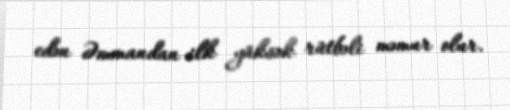
edən Əmmandan ilk yüksək rütbəli məmur olur.